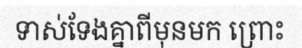
ទាស់ទែងគ្នាពីមុនមក ព្រោះ